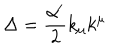
\Delta = \frac { \alpha ^ { \prime } } { 2 } k _ { \mu } k ^ { \mu }